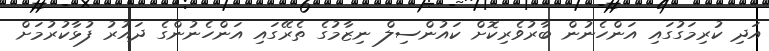
އަދި ކުރިމަގުގައި އަންހެނުން ބާރުވެރިކޮށް ކައުންސިލް ނިޒާމުގެ ތެރޭގައި އަންހެނުންގެ ދައުރު ފުޅާކުރުމަށް